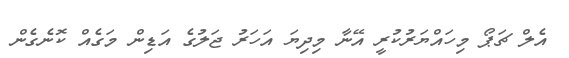
އެލް ޗަޕޯ މިހައްޔަރުކުރީ އޭނާ މިދިޔަ އަހަރު ޖަލުގެ އަޑިން މަގެއް ކޮނެގެން